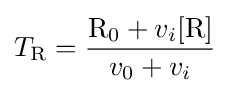
T_{\mathrm {R} }={\frac {{\mathrm {R} }_{0}+v_{i}{[\mathrm {R} ]}}{v_{0}+v_{i}}}